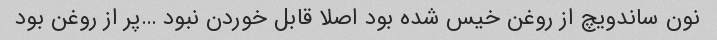
نون ساندویچ از روغن خیس شده بود اصلا قابل خوردن نبود …پر از روغن بود